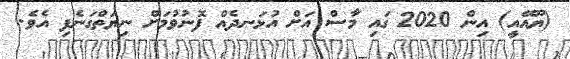
(ޔޫއޭއީ) އިން 2020 ގައި މާސް އަށް އުޅަނދެއް ފޮނުވުމަށް ނިޔަތްގަނެފި އެވެ.